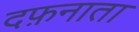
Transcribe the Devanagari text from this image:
दफ़नाता